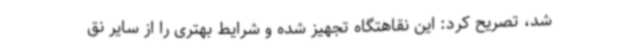
شد، تصریح کرد: این نقاهتگاه تجهیز شده و شرایط بهتری را از سایر نق